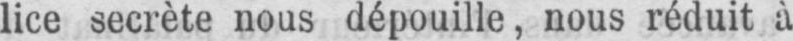
lice secrète nous dépouille, nous réduit à